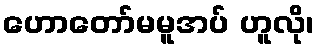
ဟောတော်မမူအပ် ဟူလို၊